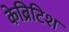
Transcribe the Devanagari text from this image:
केब्रिटिश